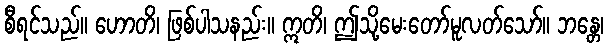
စီရင်သည်။ ဟောတိ၊ ဖြစ်ပါသနည်း။ ဣတိ၊ ဤသို့မေးတော်မူလတ်သော်။ ဘန္တေ၊